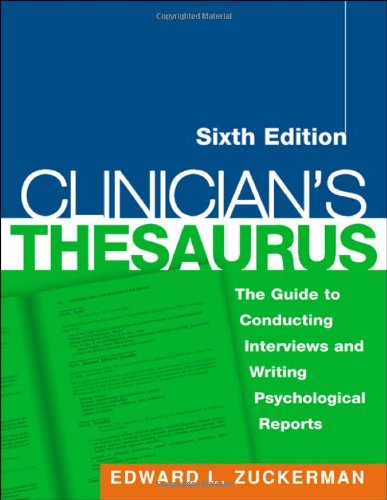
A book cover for Clinician's Thesaurus, 6th Edition: The Guide to Conducting Interviews and Writing Psychological Reports (Clinician's Toolbox); Edward L. Zuckerman PhD; Medical Books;